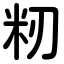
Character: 籾